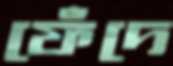
ফেঁদে